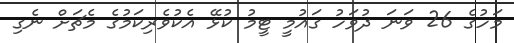
މަހުގެ 26 ވަނަ ދުވަހު ގައުމީ ޓީމު ކުޅޭ އެކުވެރިކަމުގެ މެޗަށް ނެގި